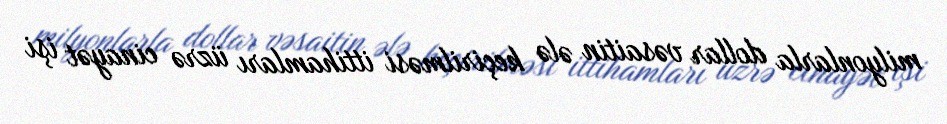
milyonlarla dollar vəsaitin ələ keçirilməsi ittihamları üzrə cinayət işi